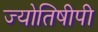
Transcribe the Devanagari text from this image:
ज्योतिषीपी